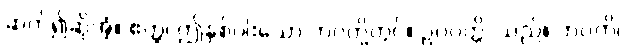
ဆက်၍ဆိုအံ့။ ဧတ္ထ၊ ဤနှစ်ပါးသော ဘဝတို့တွင်။ ဥပပတ္တိ၊ သည်။ ဘဝတိ၊